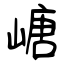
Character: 嵣